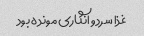
غذا سرد و انگاری مونده بود